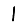
Digit: 1